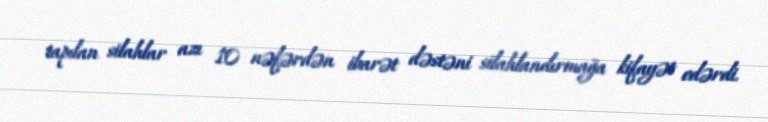
tapılan silahlar azı 10 nəfərdən ibarət dəstəni silahlandırmağa kifayət edərdi.